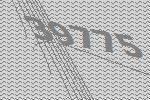
39775